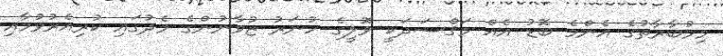
މިމުބާރާތުގެ އެންމެ ބޮޑު އެއް މަޤްސަދަކީ ވޮލީގެ ހުނަރު ޒުވާނުންގެ މެދުގައި ކުރިއެރުވުމާއި